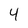
Character: 4